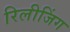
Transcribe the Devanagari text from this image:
रिलीजिंग